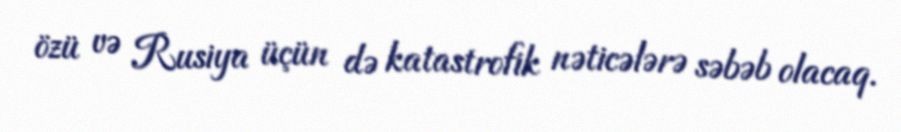
özü və Rusiya üçün də katastrofik nəticələrə səbəb olacaq.